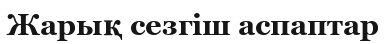
Жарық сезгіш аспаптар